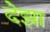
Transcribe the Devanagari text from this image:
देझा